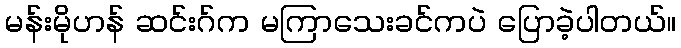
မန်းမိုဟန် ဆင်းဂ်က မကြာသေးခင်ကပဲ ပြောခဲ့ပါတယ်။